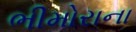
ભીમોરાના